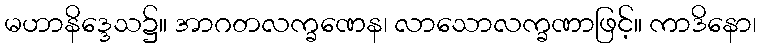
မဟာနိဒ္ဒေသ၌။ အာဂတလက္ခဏေန၊ လာသောလက္ခဏာဖြင့်။ ကာဒိနော၊